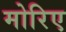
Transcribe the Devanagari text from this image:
मोरिए